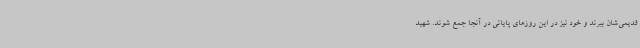
قدیمی‌شان ببرند و خود نیز در این روزهای پایانی در آنجا جمع شوند. شهید